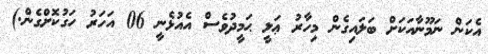
އެކަން ނަމޫނާއަކަށް ބަލައިގެން މިހާރު ޢަލީ ޙަމީދުވެސް އެއުޅެނީ 06 އަހަރު ހަގުކޮށްގެން.)